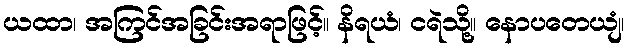
ယထာ၊ အကြင်အခြင်းအရာဖြင့်။ နိရယံ၊ ငရဲသို့။ နောပတေယျံ၊